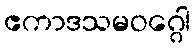
ဧကာဒသမဝဂ္ဂေါ